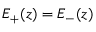
E _ { + } ( z ) = E _ { - } ( z )